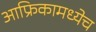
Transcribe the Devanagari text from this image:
आफ्रिकामध्येच